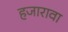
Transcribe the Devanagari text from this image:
हजारावा